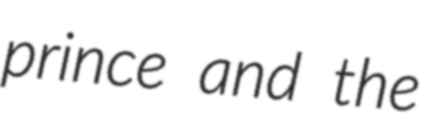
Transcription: prince and the